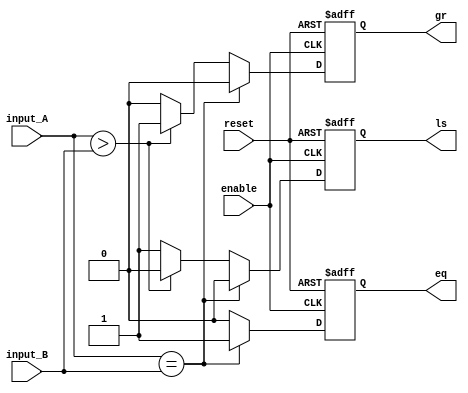
module comparator(
    input wire [7:0] input_A,
    input wire [7:0] input_B,
    input wire enable,
    input wire reset,
    output reg eq,
    output reg gr,
    output reg ls
);

always @ (posedge enable or posedge reset)
begin
    if (reset)
    begin
        eq <= 1'b0;
        gr <= 1'b0;
        ls <= 1'b0;
    end
    else if (input_A == input_B)
    begin
        eq <= 1'b1;
        gr <= 1'b0;
        ls <= 1'b0;
    end
    else if (input_A > input_B)
    begin
        eq <= 1'b0;
        gr <= 1'b1;
        ls <= 1'b0;
    end
    else
    begin
        eq <= 1'b0;
        gr <= 1'b0;
        ls <= 1'b1;
    end
end

endmodule